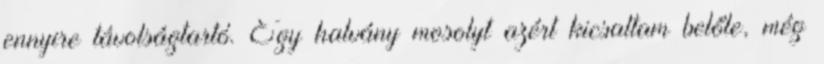
ennyire távolságtartó. Egy halvány mosolyt azért kicsaltam belőle, még